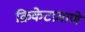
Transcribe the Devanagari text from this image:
क्रिकेटप्रमाणे